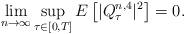
LaTeX: \begin{align*} \lim_{n\rightarrow \infty} \sup_{\tau\in [0,T]} E\left[ |Q^{n,4} _\tau|^2 \right]=0.\end{align*}